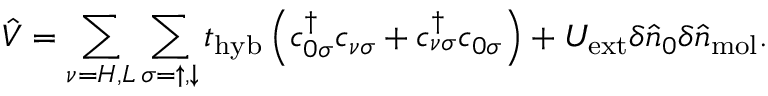
\hat { V } = \sum _ { \nu = H , L } \sum _ { \sigma = \uparrow , \downarrow } t _ { \mathrm { h y b } } \left( c _ { 0 \sigma } ^ { \dagger } c _ { \nu \sigma } + c _ { \nu \sigma } ^ { \dagger } c _ { 0 \sigma } \right) + U _ { \mathrm { e x t } } \delta \hat { n } _ { 0 } \delta \hat { n } _ { \mathrm { m o l } } .